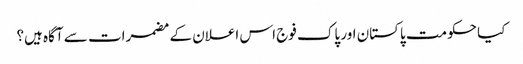
کیا حکومت پاکستان اور پاک فوج اس اعلان کے مضمرات سے آگاہ ہیں؟